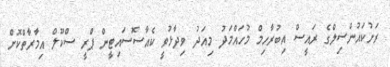
ރަށުކައުންސިލްގެ ރައީސް އިބުރާހިމް މުހައްމަދު މިއަދު ވިދާޅުވީ ކެއާސޮސައިޓީން ޕްރީ ސްކޫލް އިމާރާތްކޮށް